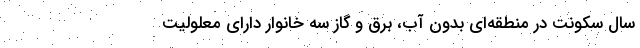
سال سکونت در منطقه‌ای بدون آب، برق و گاز سه خانوار دارای معلولیت